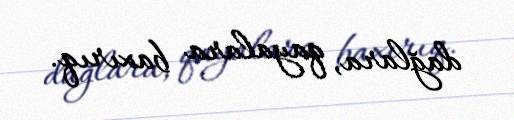
dağlara, qayalara baxırıq.